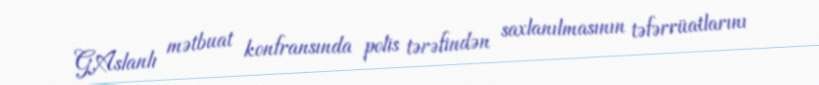
G.Aslanlı mətbuat konfransında polis tərəfindən saxlanılmasının təfərrüatlarını